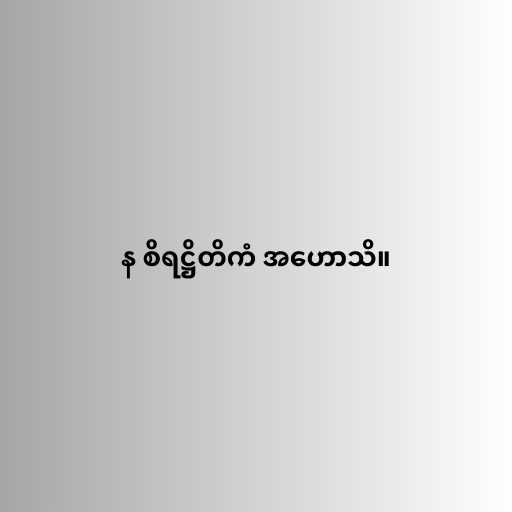
န စိရဋ္ဌိတိကံ အဟောသိ။